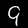
Label: 9